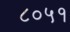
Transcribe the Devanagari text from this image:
८०५१